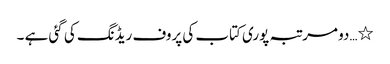
٭…دو مرتبہ پوری کتاب کی پروف ریڈنگ کی گئی ہے ۔